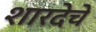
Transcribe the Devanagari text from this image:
शारदेचे